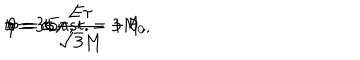
t = 3 E \tau , \hspace { 0 . 3 c m } r = c o n s t . = 3 M , \hspace { 0 . 3 c m } \theta = \pm \frac { E \tau } { \sqrt { 3 } M } + \theta _ { 0 } , \hspace { 0 . 3 c m } \varphi = \sigma ,